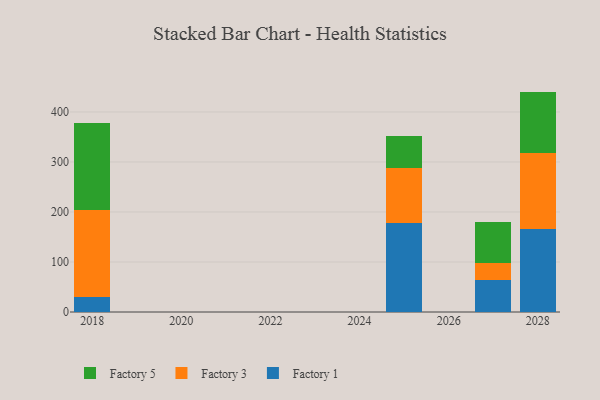
{"axis": {"x": "Year", "y": "Humidity (%)"}, "legend": ["Factory 1", "Factory 3", "Factory 5"], "data": [{"x": "2028", "y": 166.1, "type": "Factory 1"}, {"x": "2028", "y": 151.3, "type": "Factory 3"}, {"x": "2028", "y": 123.3, "type": "Factory 5"}, {"x": "2018", "y": 30.6, "type": "Factory 1"}, {"x": "2018", "y": 174.2, "type": "Factory 3"}, {"x": "2018", "y": 172.3, "type": "Factory 5"}, {"x": "2025", "y": 178.8, "type": "Factory 1"}, {"x": "2025", "y": 109.9, "type": "Factory 3"}, {"x": "2025", "y": 63.7, "type": "Factory 5"}, {"x": "2027", "y": 64.8, "type": "Factory 1"}, {"x": "2027", "y": 32.5, "type": "Factory 3"}, {"x": "2027", "y": 83.6, "type": "Factory 5"}]}